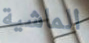
الماشية